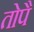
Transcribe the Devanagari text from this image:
तोपै